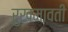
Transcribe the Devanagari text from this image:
रुखमावती